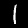
Label: 1